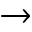
\rightarrow